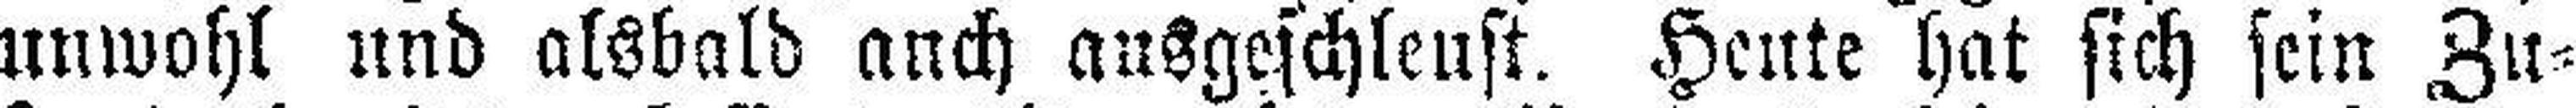
unwohl und alsbald auch ausgeschleust. Heute hat sich sein Zu¬